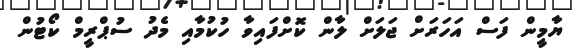
ޔާމީން ފަސް އަހަރަށް ޖަލަށް ލާން ކޮށްފައިވާ ހުކުމާއި މެދު ސުޕްރީމް ކޯޓުން